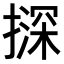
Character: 𪮨